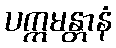
ပက္ကမန္တာနံ